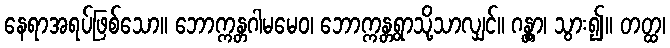
နေရာအရပ်ဖြစ်သော။ ဘောက္ကန္တဂါမမေဝ၊ ဘောက္ကန္တရွာသို့သာလျှင်။ ဂန္တွာ၊ သွား၍။ တတ္ထ၊